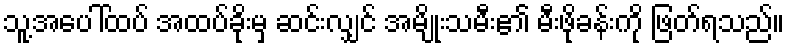
သူ့အပေါ်ထပ် အထပ်ခိုးမှ ဆင်းလျှင် အမျိုးသမီး၏ မီးဖိုခန်းကို ဖြတ်ရသည်။